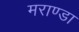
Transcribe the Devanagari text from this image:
मराण्डा